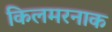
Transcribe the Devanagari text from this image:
किलमरनाक